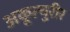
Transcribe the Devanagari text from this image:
अकूत्चुरीर